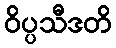
ဝိပ္ပသီဒတိ